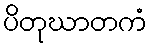
ပိတုဃာတကံ